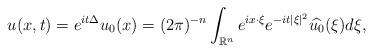
LaTeX: \begin{align*}u(x,t)=e^{it\Delta}u_0(x)=(2\pi)^{-n}\int_{\mathbb{R}^n} e^{ix\cdot\xi}e^{-it|\xi|^2}\widehat{u_0}(\xi)d\xi,\end{align*}